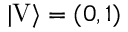
| \mathrm { V } \rangle = ( 0 , 1 )